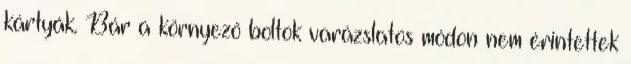
kártyák. Bár a környező boltok varázslatos módon nem érintettek